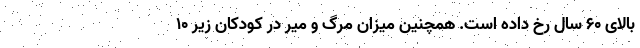
بالای ۶۰ سال رخ داده است. همچنین میزان مرگ و میر در کودکان زیر ۱۰